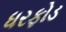
ધરફોડ